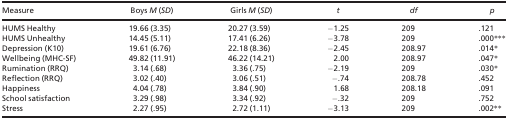
<table><thead><tr><td><b>Measure</b></td><td><b>Boys <i>M</i> (<i>SD</i>)</b></td><td><b>Girls <i>M</i> (<i>SD</i>)</b></td><td><b><i>t</i></b></td><td><b><i>df</i></b></td><td><b><i>p</i></b></td></tr></thead><tbody><tr><td>HUMS Healthy</td><td>19.66 (3.35)</td><td>20.27 (3.59)</td><td>−1.25</td><td>209</td><td>.121</td></tr><tr><td>HUMS Unhealthy</td><td>14.45 (5.11)</td><td>17.41 (6.26)</td><td>−3.78</td><td>209</td><td>.000***</td></tr><tr><td>Depression (K10)</td><td>19.61 (6.76)</td><td>22.18 (8.36)</td><td>−2.45</td><td>208.97</td><td>.014*</td></tr><tr><td>Wellbeing (MHC-SF)</td><td>49.82 (11.91)</td><td>46.22 (14.21)</td><td>2.00</td><td>208.97</td><td>.047*</td></tr><tr><td>Rumination (RRQ)</td><td>3.14 (.68)</td><td>3.36 (.75)</td><td>−2.19</td><td>209</td><td>.030**</td></tr><tr><td>Reflection (RRQ)</td><td>3.02 (.40)</td><td>3.06 (.51)</td><td>−.74</td><td>208.78</td><td>.452</td></tr><tr><td>Happiness</td><td>4.04 (.78)</td><td>3.84 (.90)</td><td>1.68</td><td>208.18</td><td>.091</td></tr><tr><td>School satisfaction</td><td>3.29 (.98)</td><td>3.34 (.92)</td><td>−.32</td><td>209</td><td>.752</td></tr><tr><td>Stress</td><td>2.27 (.95)</td><td>2.72 (1.11)</td><td>−3.13</td><td>209</td><td>.002**</td></tr></tbody></table>